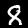
Label: 8